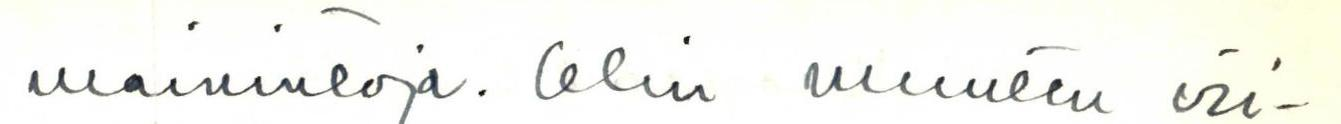
mainintoja. Olin muuten vii-